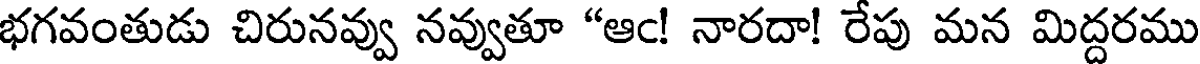
భగవంతుడు చిరునవ్వు నవ్వుతూ "ఆఁ! నారదా! రేపు మన మిద్దరము